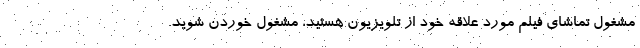
مشغول تماشای فیلم مورد علاقه خود از تلویزیون هستید، مشغول خوردن شوید.